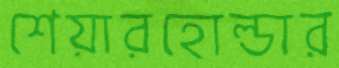
শেয়ারহোল্ডার